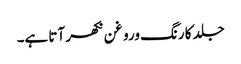
جلد کا رنگ وروغن نکھر آتا ہے۔